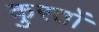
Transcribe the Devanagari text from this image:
कुरतों